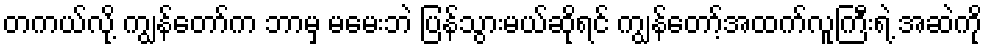
တကယ်လို့ ကျွန်တော်က ဘာမှ မမေးဘဲ ပြန်သွားမယ်ဆိုရင် ကျွန်တော့်အထက်လူကြီးရဲ့ အဆဲကို